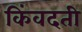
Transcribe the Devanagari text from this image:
किंवदती